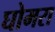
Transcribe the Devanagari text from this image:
घोमरा